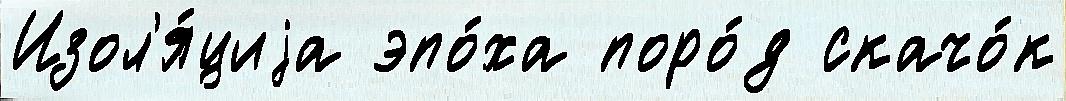
Изол'я́циjа эпо́ха поро́д скачо́к